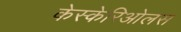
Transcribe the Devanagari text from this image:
केस्केरिओलस